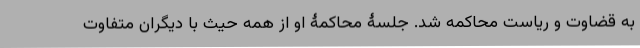
به قضاوت و ریاست محاکمه شد. جلسۀ محاکمۀ او از همه حیث با دیگران متفاوت